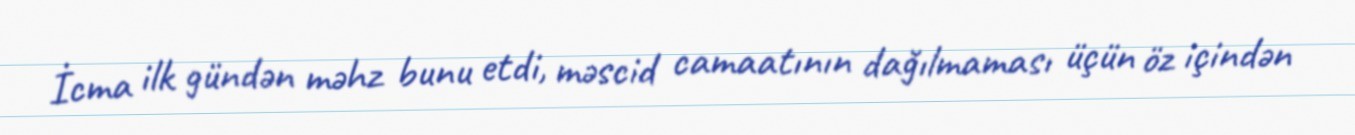
İcma ilk gündən məhz bunu etdi, məscid camaatının dağılmaması üçün öz içindən